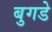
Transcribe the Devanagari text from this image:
बुगडे